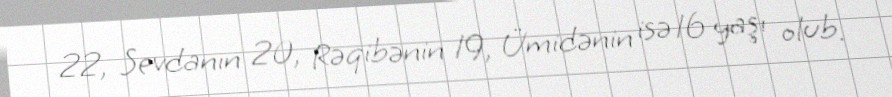
22, Sevdanın 20, Rəqibənin 19, Ümidənin isə 16 yaşı olub.